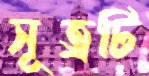
সূত্রটি